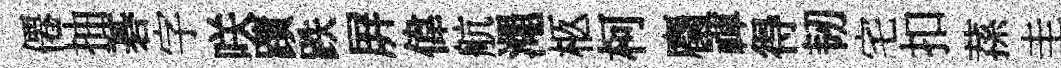
僊抽碁字咲蹟跌屛偉航澠柩柯麕禈得韧宅扣蓀圭